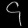
Digit: ၄